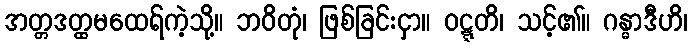
အတ္တဒတ္ထမထေရ်ကဲ့သို့။ ဘဝိတုံ၊ ဖြစ်ခြင်းငှာ။ ဝဋ္ဋတိ၊ သင့်၏။ ဂန္ဓာဒီဟိ၊